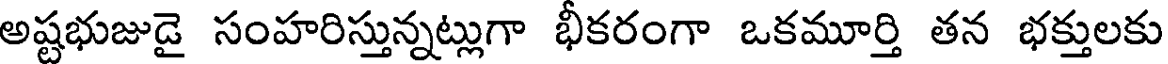
అష్టభుజుడై సంహరిస్తున్నట్లుగా భీకరంగా ఒకమూర్తి తన భక్తులకు